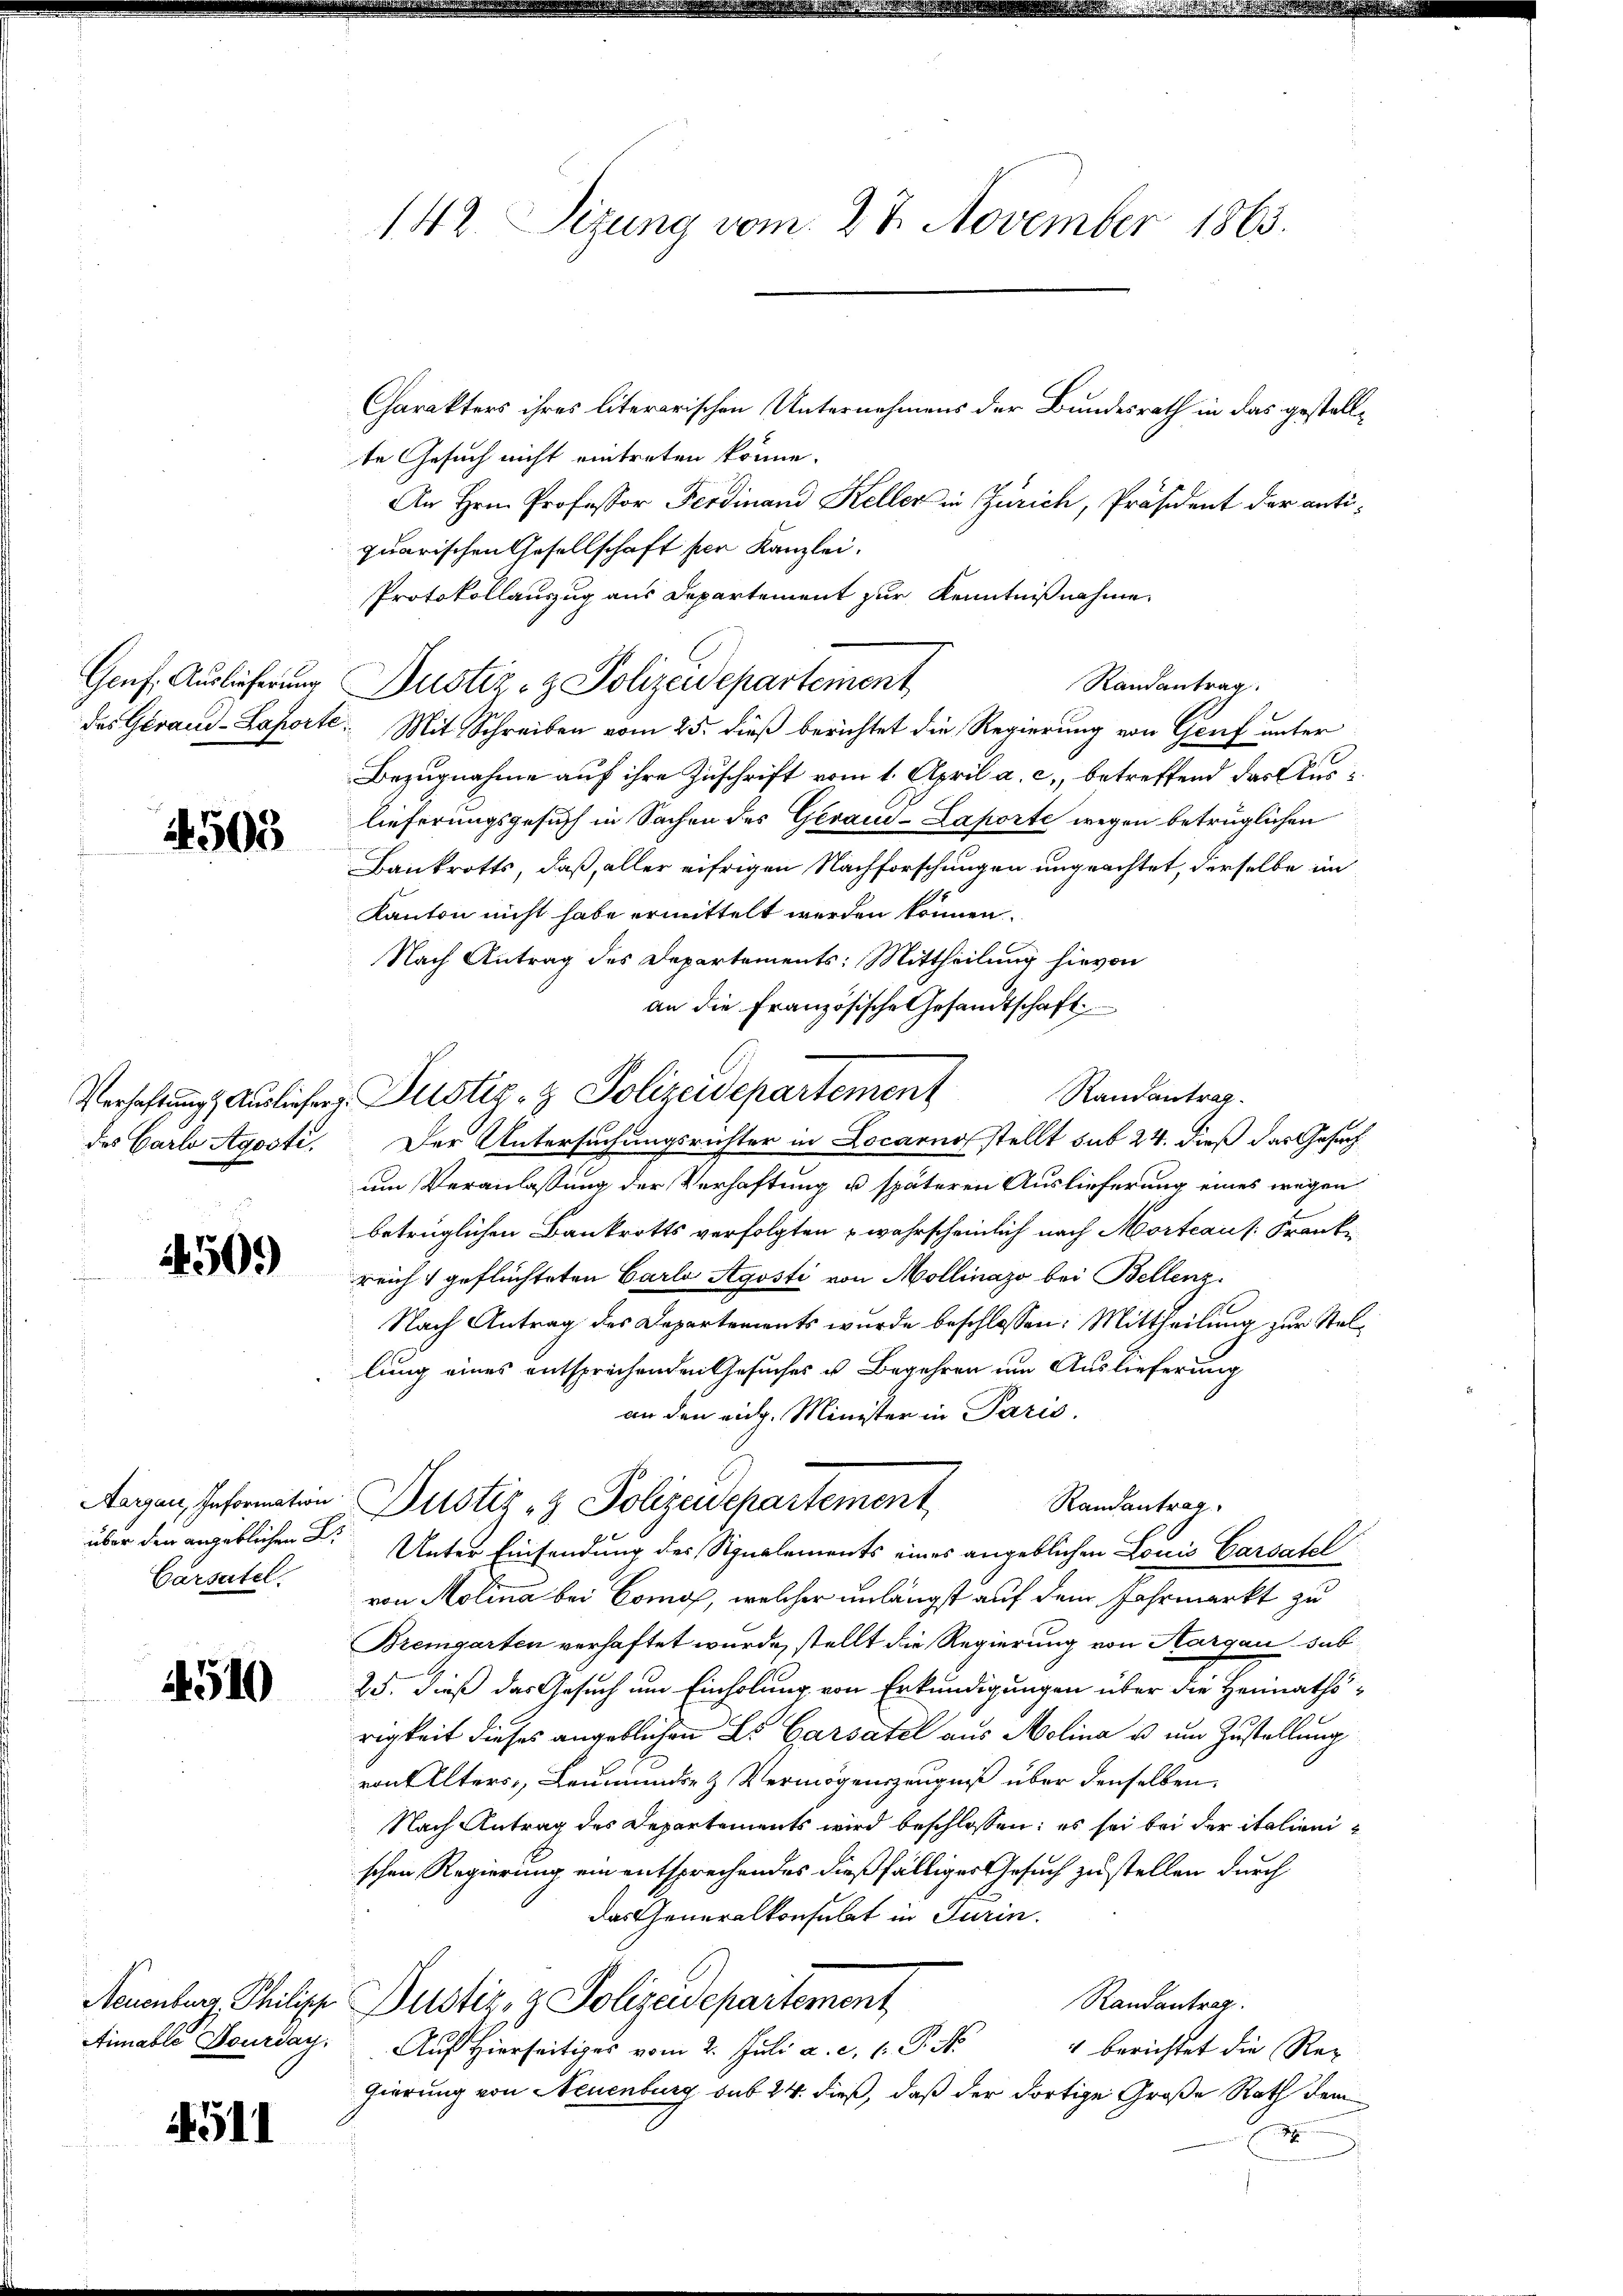
4503

4510

4511

Carsatel.

te Gesuch nicht eintreten könne.
An Hrn. Professor Ferdinand Keller in Zürich, Präsident der antiquarischen Gesellschaft per Kanzlei.
Protokollauszug aus Departement zur Kenntnißnahme.
des Geraud-Laporte. Mit Schreiben vom 25. dieß berichtet die Regierung von Genf unter
Bezugnahme auf ihre Zuschrift vom 1. April a. c., betreffend das Auslieferungsgesuch in Sachen des Geraud-Laporte wegen betrüglichen
Bankrotts, daß, aller eifrigen Nachforschungen ungeachtet, derselbe im
Kanton nicht habe ermittelt werden können.
Nach Antrag des Departements: Mittheilung hievon
an die Französische Gesandtschaft
Randantrag
Verfahrungs Ausliefer Justiz- & Polizeidepartement
des Carlo Agosti. Der Untersuchungsrichter in Locarno stellt sub 24. dieß das Gesuch
um Veranlassung der Verhaftung u. späteren Auslieferung eines wegen
betrüglichen Bankrotts verfolgten wahrscheinlich nach Morte aus Frank¬
 reicht geflüchteten Carla Ayosti von Mollinaso bei Bellenz.
Nach Antrag des Departements wurde beschlossen: Mittheilung zur Stellung eines entsprochenden Gesuches u. Begehren um Auslieferung
an den rich. Minister in Paris.
Aaggen, Informaten Justiz- & Polizeidepartement
Randantrag
über den angeblichen Dr. Unter Einsendung des Signalements eines angeblichen Louis Cassatel
von Molina bei Como, welcher unlängst auf dem Jahrmarkt zu
Bremgarten verhaftet wurde, stellt die Regierung von Aargau sub
25. dieß das Gesuch um Einholung von Erkundigungen über die Heimaths-
rigkeit dieses angeblichen L. Garsatel aus Molina u. um Zustellung
von Elters, Leumunde & Vermögenszeugniß über denselben.
Nach Antrag des Departements wird beschlossen: es sei bei der italienischen Regierung ein entsprechendes dießfälliger Gesuch zustellen durch
das Generalkonsulat in Turin.
Neuenburg Philipp Justiz- & Polizeidepartement
Randantrag
Aimable Jourday. Auf Hierseitiges vom 2. Juli a. c. 1. P. M.
" berichtet die Regierung von Neuenburg sub 24. dieß, daß der dortige Große Rath dem
.

142. Sizung vom 27. November 1863.
Charakters ihres literarischen Unternehmens der Bundesrath in das gestell¬

Genf, Auslieferung Dustiz- & Polizeidepartement

Randantrag.